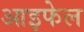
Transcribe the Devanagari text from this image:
आइफेल